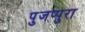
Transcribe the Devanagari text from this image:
पुजप्पुरा